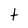
Character: t